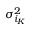
\sigma _ { i _ { K } } ^ { 2 }